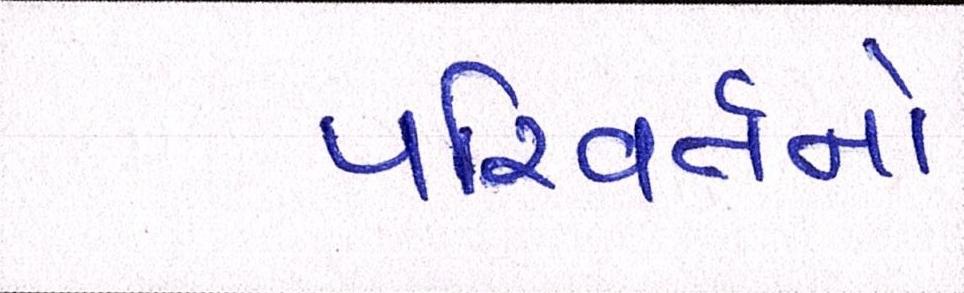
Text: પરિવર્તનો